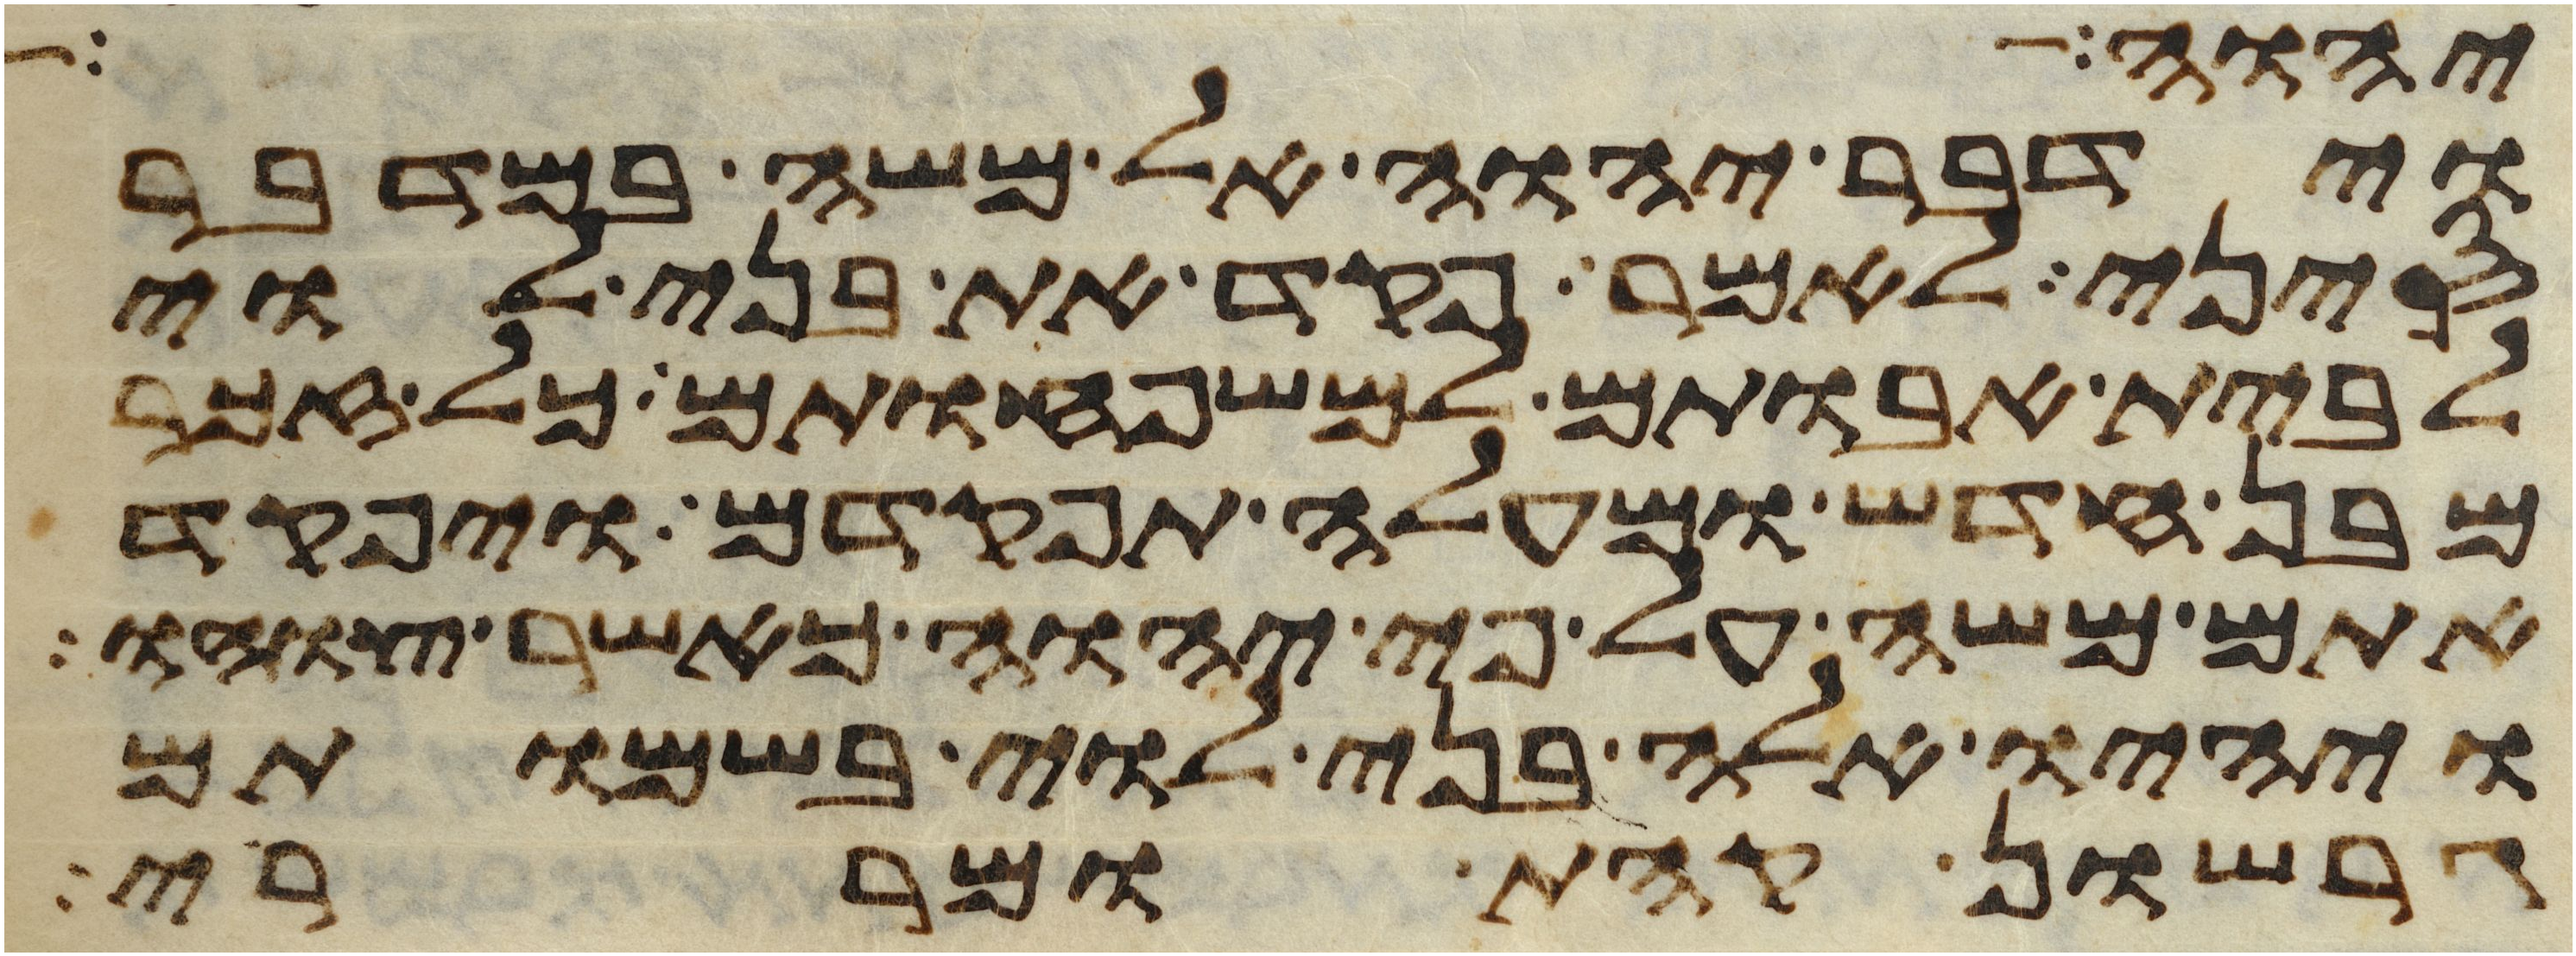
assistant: יהוה אל
וידבר יהוה אל משה במדבר
סיני לאמר פקד את בני לוי
לבית אבותם למשפחותם כל זכר
מבן חדש ומעלה תפקדם ויפקד
אתם משה על פי יהוה כאשר צוהו
ויהיו אלה בני לוי בשמותם
גרשון קהת ומררי